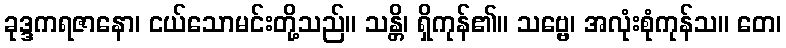
ခုဒ္ဒကရဇာနော၊ ငယ်သောမင်းတို့သည်။ သန္တိ၊ ရှိကုန်၏။ သဗ္ဗေ၊ အလုံးစုံကုန်သ။ တေ၊